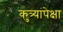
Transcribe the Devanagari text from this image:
कुत्र्यांपेक्षा